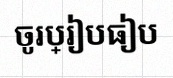
ចូរប្រៀបធៀប